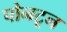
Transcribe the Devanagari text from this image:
पोनटून